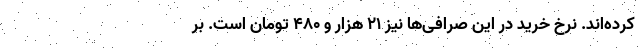
کرده‌اند. نرخ خرید در این صرافی‌ها نیز ۲۱ هزار و ۴۸۰ تومان است. بر